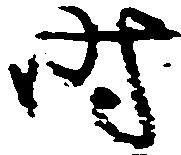
時